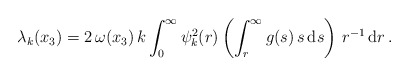
\begin{align*} \lambda_k(x_3) = 2\, \omega(x_3)\, k \int_0^\infty \psi^2_k(r) \left(\int_r^\infty g(s)\, s\, \mathrm{d}s\right) \, r^{-1}\, \mathrm{d}r\,.\end{align*}